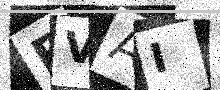
Text: EVAI